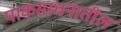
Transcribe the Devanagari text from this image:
पाकसाधनातील